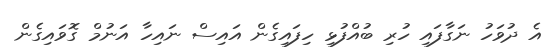
އެ ދުވަހު ނަގާފައި ހުރި ބުއްފުޅި ހިފައިގެން އައިސް ނައިހާ އަނުމް ގޮވައިގެން